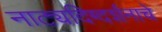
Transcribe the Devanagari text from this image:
नाट्यदिग्दर्शनाचे